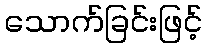
သောက်ခြင်းဖြင့်